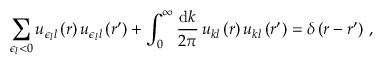
\sum _ { \epsilon _ { l } < 0 } u _ { \epsilon _ { l } l } \left( r \right) u _ { \epsilon _ { l } l } \left( r ^ { \prime } \right) + \int _ { 0 } ^ { \infty } \frac { \mathrm { d } k } { 2 \pi } \, u _ { k l } \left( r \right) u _ { k l } \left( r ^ { \prime } \right) = \delta \left( r - r ^ { \prime } \right) \, ,